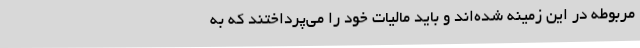
مربوطه در این زمینه شده‌اند و باید مالیات خود را می‌پرداختند که به